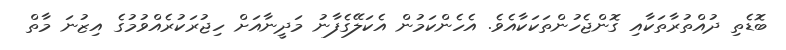
ބޮޑެތި ދުއްތުރާތަކާއި ގޮންޖެހުންތަކަކާއެވެ. އެހެންކަމުން އެކަލޭގެފާނު މަދީނާއަށް ހިޖުރަކުރެއްވުމުގެ އިޒުނަ މާތް